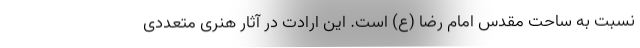
نسبت به ساحت مقدس امام رضا (ع) است. این ارادت در آثار هنری متعددی